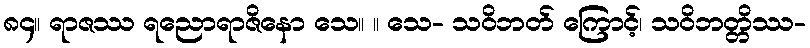
၈၄။ ရာဇဿ ရညောရာဇိနော သေ။ ။ သေ- သဝိဘတ် ကြောင့်၊ သဝိဘတ္တိဿ-